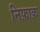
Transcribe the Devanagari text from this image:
निफ़ाक़